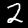
Digit: 2